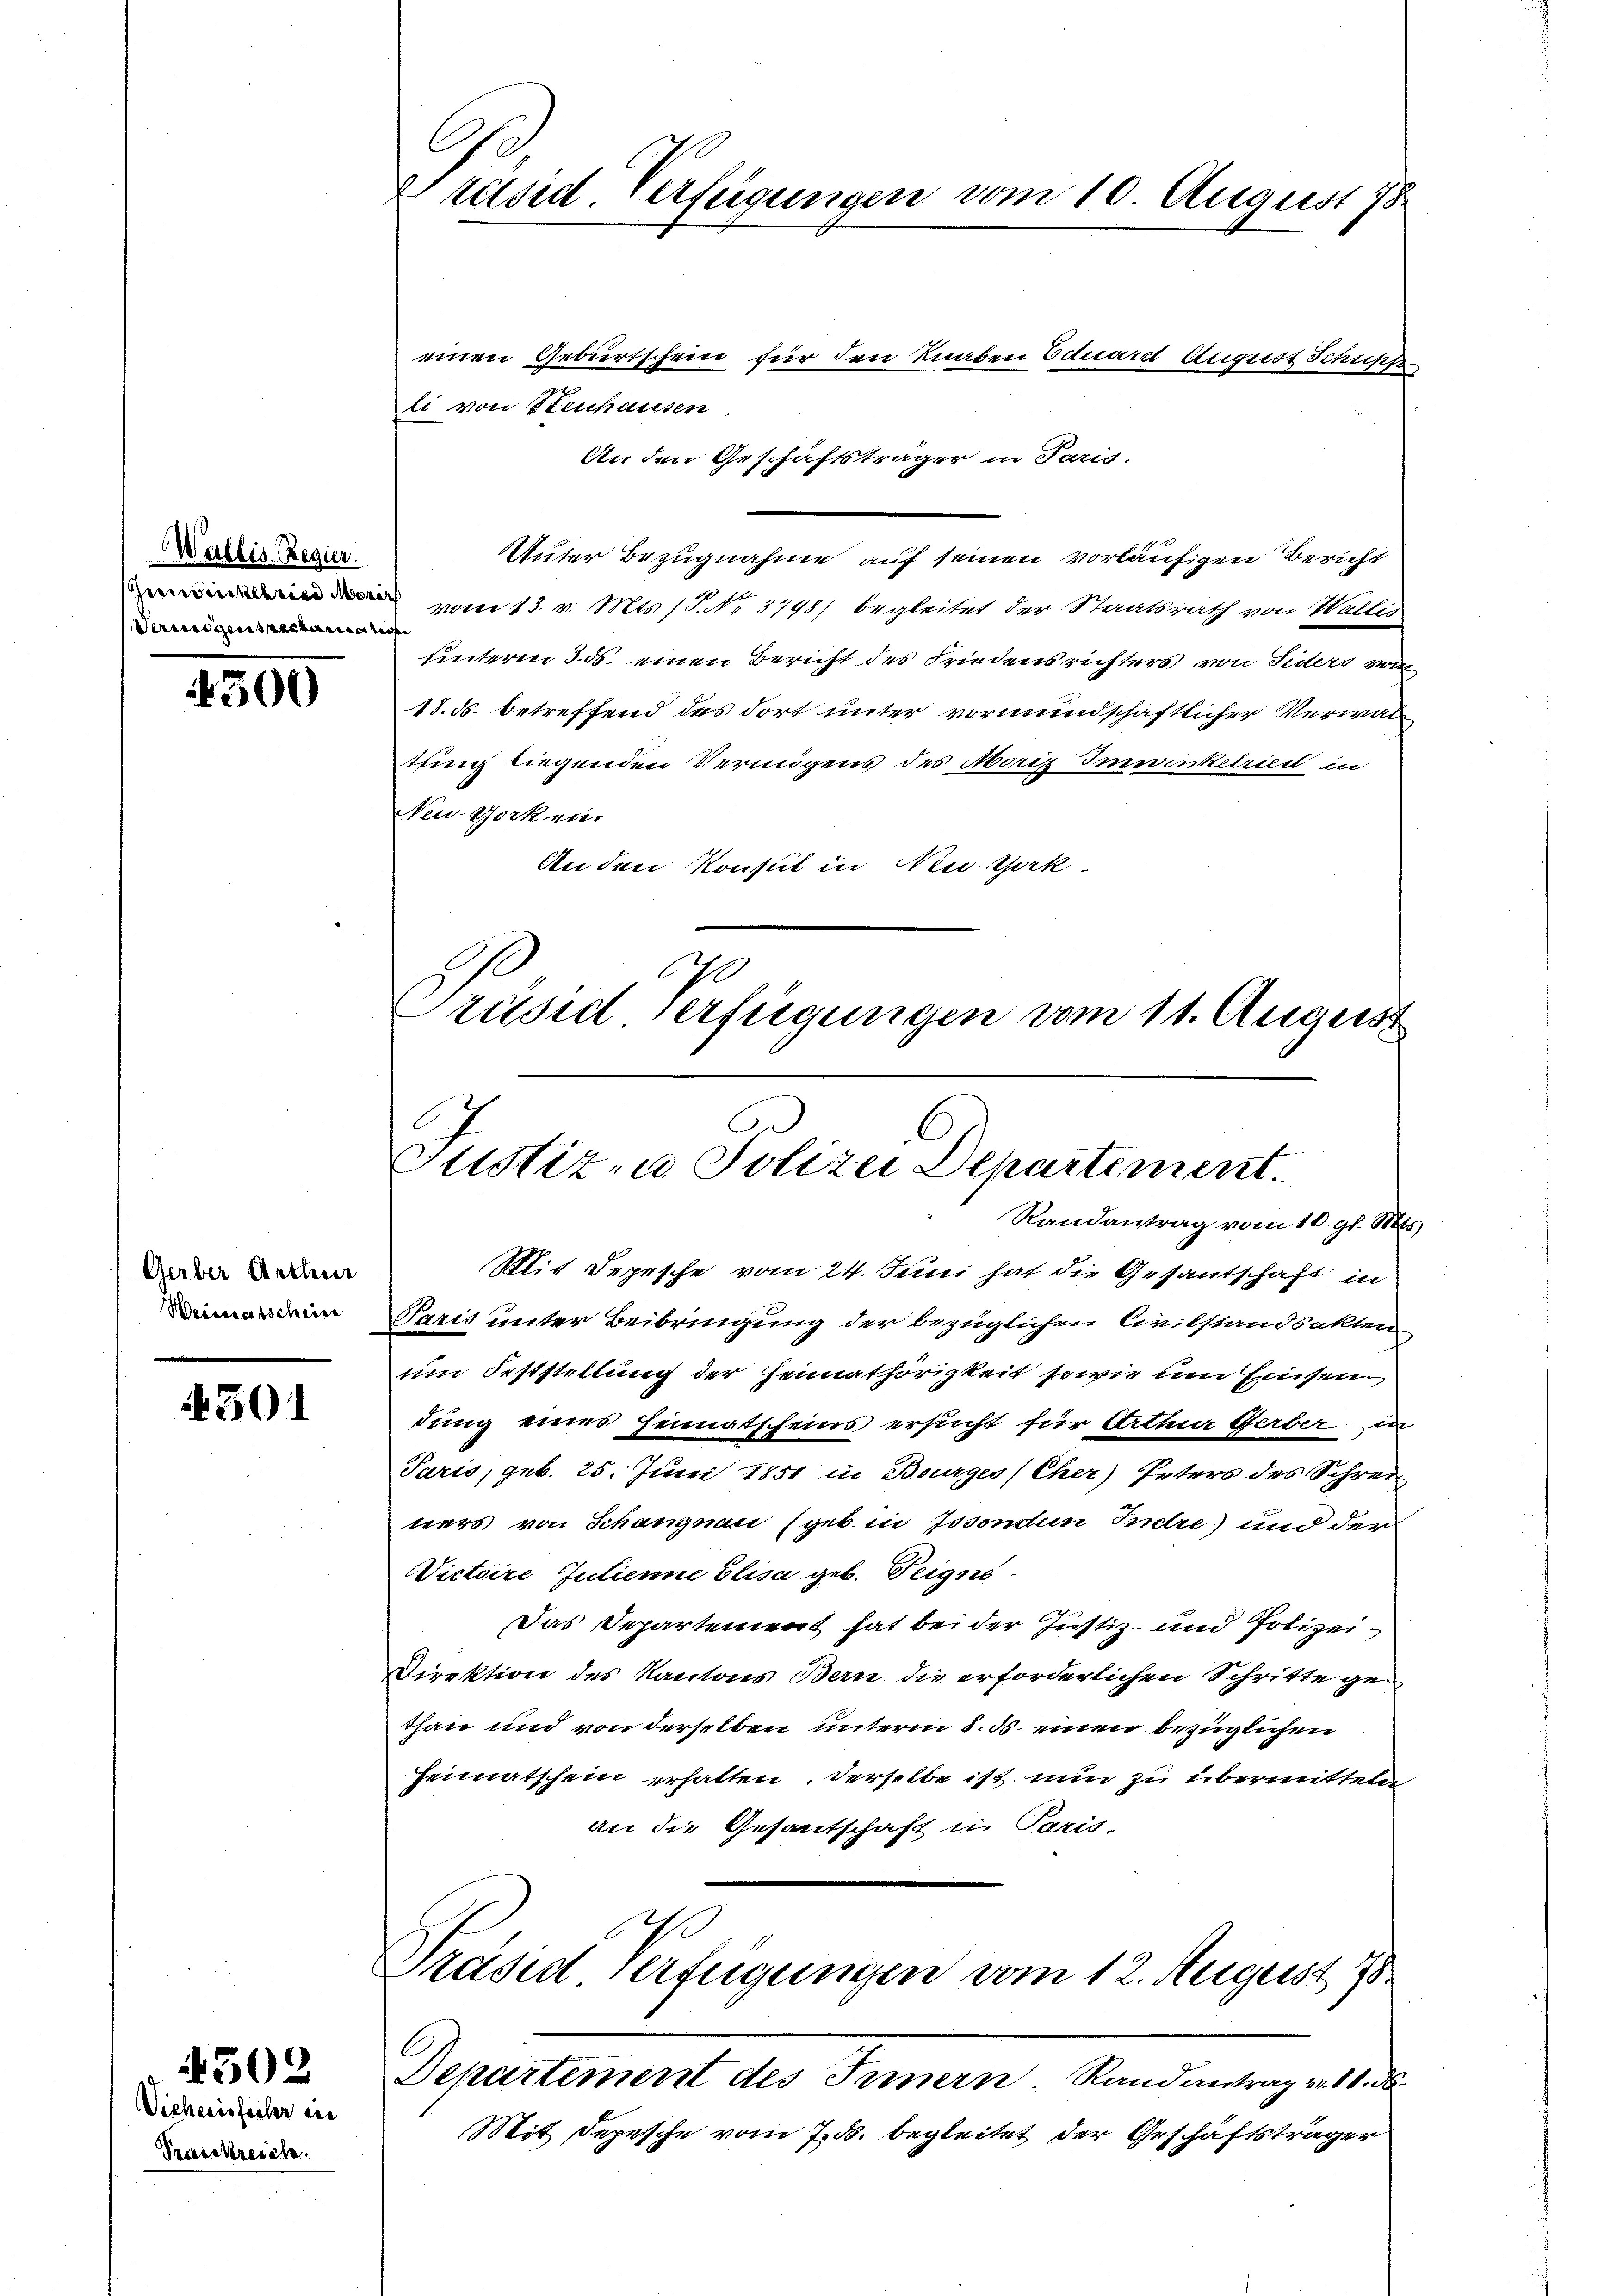
Wallis, Regier.
Vermögenstanden

4500

Gerber Arthur
Weisenatscheine

501

Vicherisfacher die
Prasskreiche.

4502

einen Geburtschein für den Knaben Eduard August Schuhl
li von Stenhausen.
An den Geschäftsträger in Paris.
uter Bezugnahme auf seinen vorläufigen Bericht
 vom 13. v. Mts. 1. No. 3798) begleitet der Staatsrath von Wallis
unterm 3. ds. einen Bericht des Friedensrichters von Fiders vom
18. ds. betreffend des dort unter vormundschaftlicher Verwaltung liegenden Vermögens des Moriz Imwinkelriedt in
Nin Yorken.
An den Konsul in New Yok
90
Präsid verfügungen vom 11. August

C
Präsid. Verfügungen vom 10. August 18

Justiz- u. Polizei Departement.
Randantrag vom 10. gl. Mts.

Mit Depesche vom 24. Juni hat die Gesantschaft in
Paris unter Beibringung der bezüglichen Civilstandsakten
um Feststellung der Heimathörigkeit sowie um Einsein
dung eines Heimatscheins ersucht für Arthur Gerber in
Paris, geb. 25. Juni 1851 in Bourges/Cher) Peters des Schrei
ners von Schanznau (geb. in Josonden Judre) und der
Wictoire Julienne Elisa geb. Teigne
Das Departement hat bei der Justiz- und Polizei¬
Direktion des Kantons Bern die erforderlichen Schritte gethan und von derselben unterm 8. ds. einen bezüglichen
Heimatschein erhalten. Derselbe ist nun zu übermitteln,
an die Gesantschaft in Paris.
Präsid Verfügungen vom 12. August 178
Departement des Innern. Randantrag pr. 11. ds.
Mit Depesche vom 7. ds. begleitet der Geschäftsträger